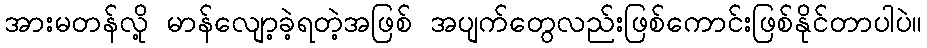
အားမတန်လို့ မာန်လျော့ခဲ့ရတဲ့အဖြစ် အပျက်တွေလည်းဖြစ်ကောင်းဖြစ်နိုင်တာပါပဲ။